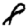
Digit: 8